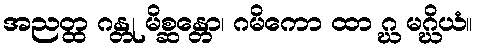
အညတ္ထ ဂန္တု မိစ္ဆန္တော၊ ဂမိကော ထာ ဂ္ဃ မဂ္ဃိယံ။